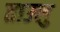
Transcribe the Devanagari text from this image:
ताउलु